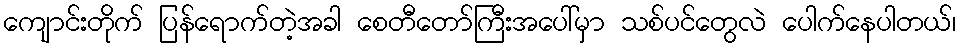
ကျောင်းတိုက် ပြန်ရောက်တဲ့အခါ စေတီတော်ကြီးအပေါ်မှာ သစ်ပင်တွေလဲ ပေါက်နေပါတယ်၊